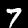
Digit: 7